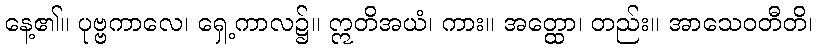
နေ့၏။ ပုဗ္ဗကာလေ၊ ရှေ့ကာလ၌။ ဣတိအယံ၊ ကား။ အတ္ထော၊ တည်း။ အာသေဝတီတိ၊